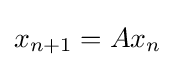
x_{n+1}=Ax_{n}